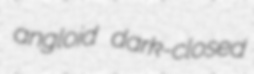
angloid dark-closed